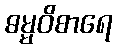
ဓမ္မဝိစာရေ